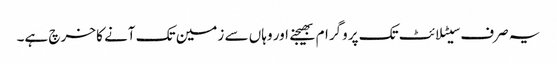
یہ صرف سیٹلائٹ تک پروگرام بھیجنے اور وہاں سے زمین تک آنے کا خرچ ہے۔